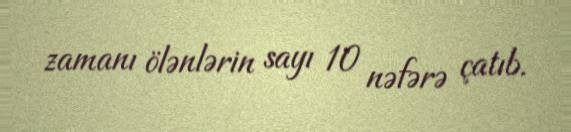
zamanı ölənlərin sayı 10 nəfərə çatıb.